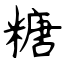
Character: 糖